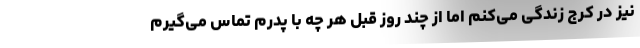
نیز در کرج زندگی می‌کنم اما از چند روز قبل هر چه با پدرم تماس می‌گیرم